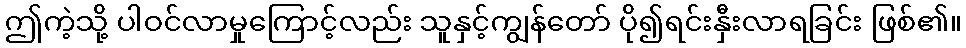
ဤကဲ့သို့ ပါဝင်လာမှုကြောင့်လည်း သူနှင့်ကျွန်တော် ပို၍ရင်းနှီးလာရခြင်း ဖြစ်၏။